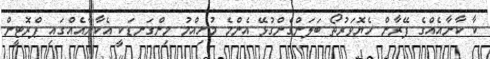
ކާ ކާނާއެއްގެ ފޭރާން ހެޔޮވަރުތޯ ބަލަންގެންގުޅޭ އެންމެ މުހިއްމު މިންގަނޑަކީ އެކާނާއެއްގައި ޕްރޮޓީން